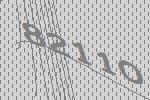
82110